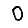
Digit: 0